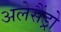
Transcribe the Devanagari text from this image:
अलेसैंड्रो